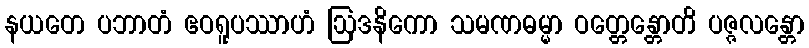
နယတေ ပဘာတံ ဧဝရူပဿာဟံ ဩဒနိကော သမဏဓမ္မာ ဝတ္တေန္တောတိ ပဇ္ဇလန္တော